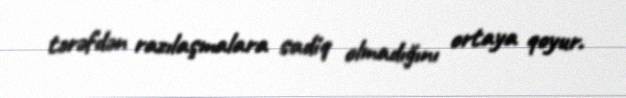
tərəfdən razılaşmalara sadiq olmadığını ortaya qoyur.